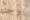
يوجد